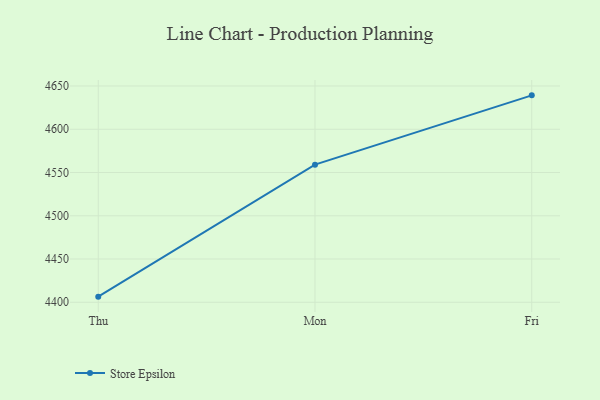
{"axis": {"x": "Day", "y": "Tickets Resolved"}, "legend": ["Store Epsilon"], "data": [{"x": "Thu", "y": 4406.5, "type": "Store Epsilon"}, {"x": "Mon", "y": 4559.1, "type": "Store Epsilon"}, {"x": "Fri", "y": 4639.2, "type": "Store Epsilon"}]}